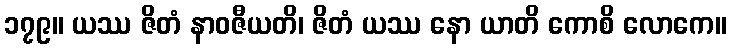
၁၇၉။ ယဿ ဇိတံ နာဝဇီယတိ၊ ဇိတံ ယဿ နော ယာတိ ကောစိ လောကေ။